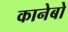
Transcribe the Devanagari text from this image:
कानेबो